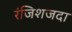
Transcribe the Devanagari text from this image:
रंजिशजदा